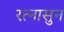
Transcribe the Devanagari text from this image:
रत्‍नासुन